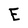
Character: E